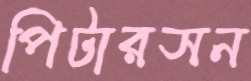
পিটারসন